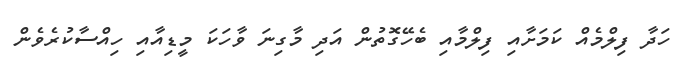
ހަދާ ފިލްމެއް ކަމަށާއި ފިލްމާއި ބެހޭގޮތުން އަދި މާގިނަ ވާހަކަ މީޑިއާއި ހިއްސާކުރެވެން